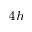
_ { 4 h }